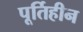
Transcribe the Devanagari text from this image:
पूर्तिहीन